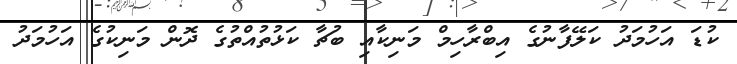
ކުޑަ އަހުމަދު ކަލޭފާނުގެ އިބްރާހިމް މަނިކާއި ބުޗާ ކަޅުތުއްތުގެ ދޮން މަނިކުގެ އަހުމަދު